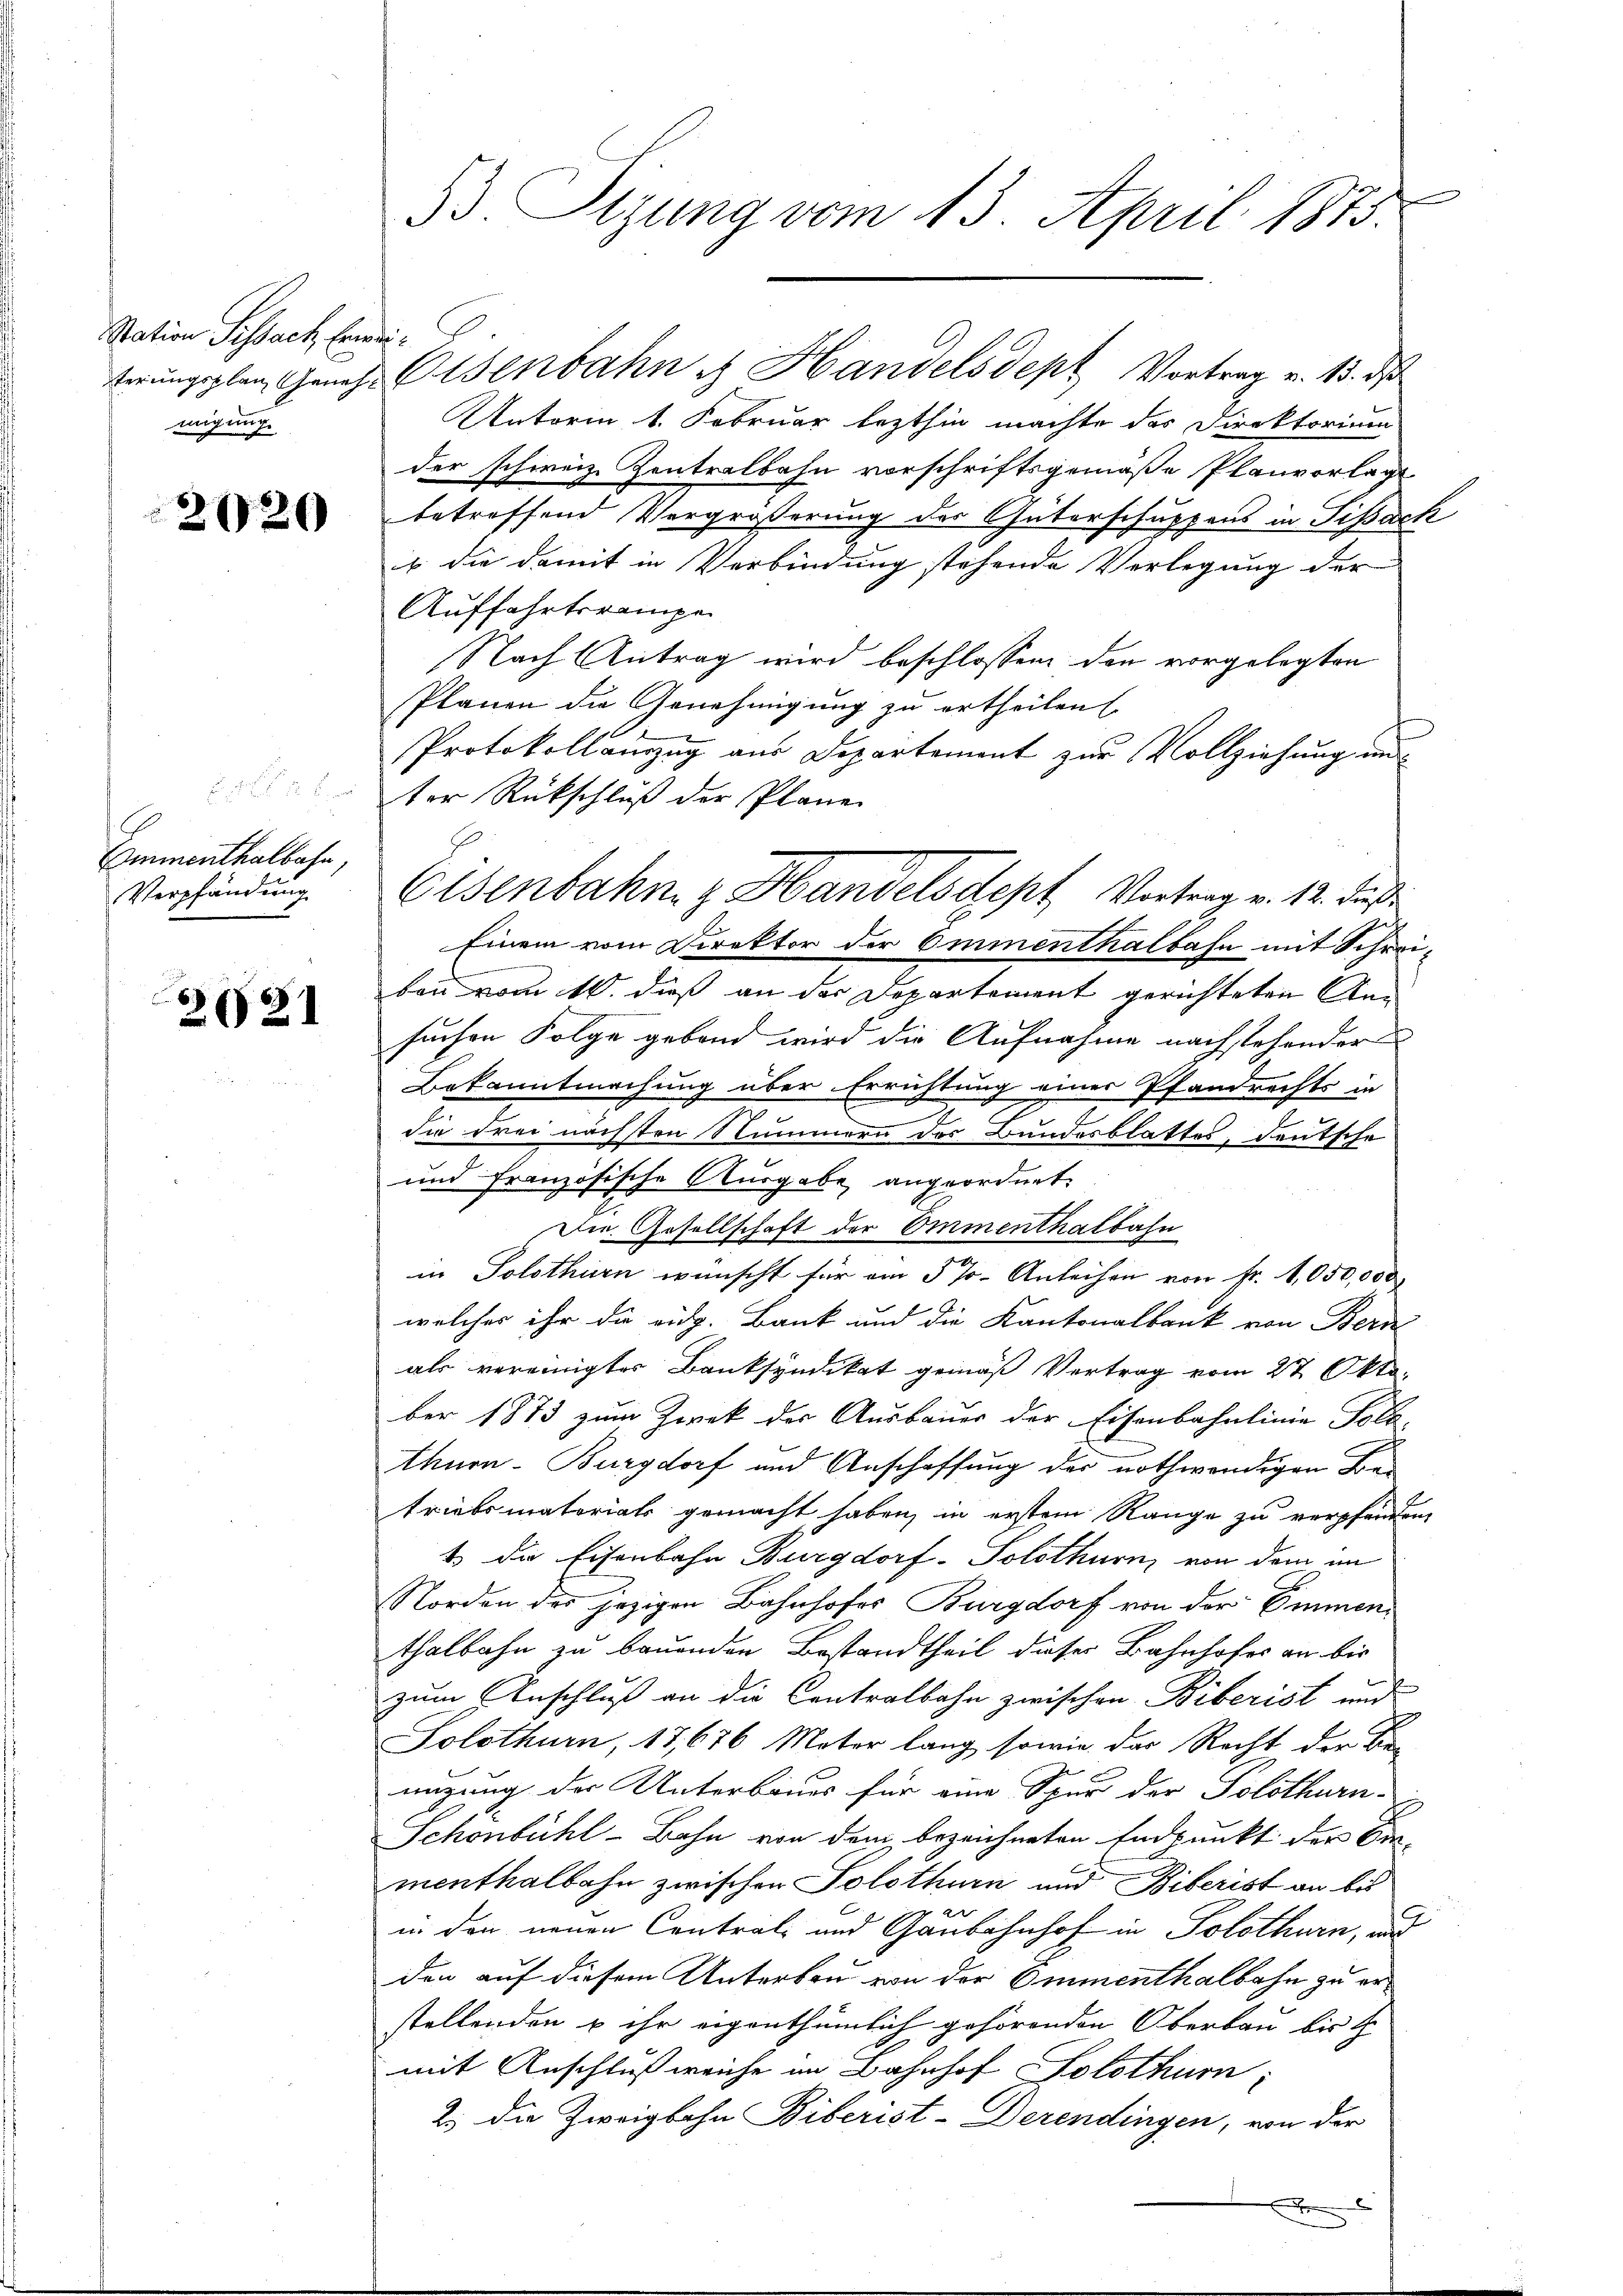
Nation Sissach Erweimigung

2020

Emmenthalbahn,
Verpfändung

2021

33. Sizung vom 13. April 1873.

terungsplan Gener Eisenbahn es Handelsdept Vortrag v. 13. ds
Unterm 1. Februar lezthin machte das Direktorium
der schweiz. Zentralbahn vorschriftsgemäße Planvorlage
betreffend Vergrößerung der Güterschuppens in Sißack
is die damit in Verbindung stehende Verlegung der
Auffahrterampe
Nach Antrag wird beschlossen den vorgelegten
Planen die Genehmigung zu ertheilen
Protokollauszug aus Departement zur Vollziehung und
ter Rückschluß der Plane
Einem vom Direktor der Emmenthalbahn mit Schreiben vom 10. dieß an der Departement gerichteten Ansuchen Folge gebend wird die Aufnahme nachstehender
Bekanntmachung über Errichtung einer Pfandrechts in
g
.
die drei nächsten Nummern des Bundesblattes, deutsche
und französische Ausgabe angeordnet.
Die Gesellschaft der Emmenthalbahn
in Solothurn wünscht für am 5 % Anleihen von fr. 1050,000
welcher ihr die eidg. Bank und die Kantonalbank von Bern
als vereinigtes Banksyndikat gemäß Vertrag vom 27. Oktober 1873 zum Zwek der Ausbauer der Eisenbahnlinie Told-
Ahnen-Burgdorf und Anschaffung der nothwendigen Betriebsmatoriats gemacht haben, in erstem Range zu verpfänden,
1 die Eisenbahn Burgdorf-Solothurn von dem im
Norden des jezigen Bahnhofes Burgdorf von der Emmenthalbahn zu bauenden Bestandtheil dieser Bahnhofes an bis
zum Anschluß an die Centralbahn zwischen Biberist und
Solothurn, 17,676 Motor lang, sowie das Recht der Be-
migung der Unterbaues für eine Spur der Solothurn-
Schönbühl-Bahn von dem bezeichneten Endpunkt der Dir
menthalbahn zwischen Solothurn und Biberist an bis
e
in den neuen Contral- und Ganbahnhof in Solothurn, und
den auf diesem Unterbau von der Emmenthalbahn zu erstellenden u ihr eigenthümlich gehörenden Oberbau bis
mit Anschluß weiche im Bahnhof Solothurn,
2.) Die Zweigbahn Biberist-Derendingen, von der
x

Eisenbahn z. Handelschept Vortrag v. 12. daß